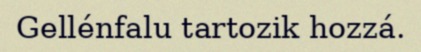
Gellénfalu tartozik hozzá.